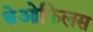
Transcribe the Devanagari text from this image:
थेओफिलस